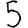
Digit: 5